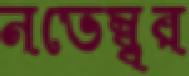
নভেম্ব্বর